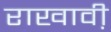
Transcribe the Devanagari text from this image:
राखावी़